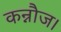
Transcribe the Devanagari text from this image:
कन्नौज।